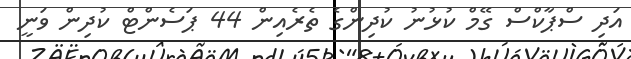
އަދި ސްޕާކްސް ގޭމް ކުޅުނު ކުދިންގެ ތެރެއިން 44 ޕަސެންޓް ކުދިން ވަނީ